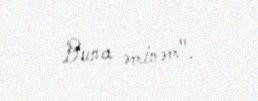
Buna əminəm".